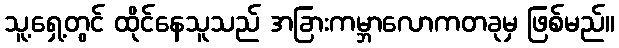
သူ့ရှေ့တွင် ထိုင်နေသူသည် အခြားကမ္ဘာလောကတခုမှ ဖြစ်မည်။